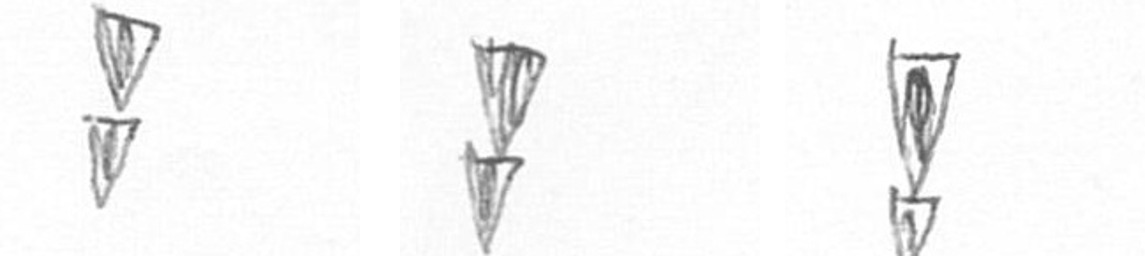
Z Z Z